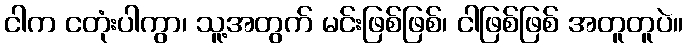
ငါက ငတုံးပါကွာ၊ သူ့အတွက် မင်းဖြစ်ဖြစ်၊ ငါဖြစ်ဖြစ် အတူတူပဲ။